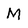
Character: M